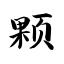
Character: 颗